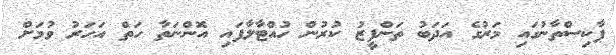
ޕާކިސްތާނުގައި މަރުގެ އަދަބު ތަންފީޒު ކުރުން ހުއްޓާލާފައި އޮންނަތާ ހަތް އަހަރު ވުމަށް